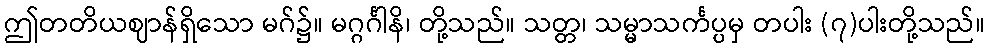
ဤတတိယဈာန်ရှိသော မဂ်၌။ မဂ္ဂင်္ဂါနိ၊ တို့သည်။ သတ္တ၊ သမ္မာသင်္ကပ္ပမှ တပါး (၇)ပါးတို့သည်။